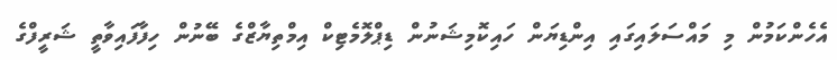
އެހެންކަމުން މި މައްސަލައިގައި އިންޑިޔަން ހައިކޮމިޝަނުން ޑިޕްލޮމެޓިކް އިމްތިޔާޒްގެ ބޭނުން ހިފާފައިވާތީ ޝަރީފްގެ